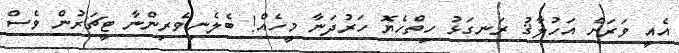
އެއީ ވަރަށް އަހުލާޤު ރަނގަޅު ހިތްހެޔޮ ހަރުދަނާ މީހެއް! ބެލެނިވެރިންނާ ޓީޗަރުން ވެސް